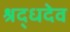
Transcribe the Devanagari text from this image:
श्रद्धदेव